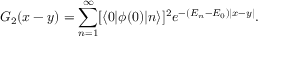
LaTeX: G _ { 2 } ( x - y ) = \sum _ { n = 1 } ^ { \infty } [ \langle 0 | \phi ( 0 ) | n \rangle ] ^ { 2 } e ^ { - ( E _ { n } - E _ { 0 } ) | x - y | } .